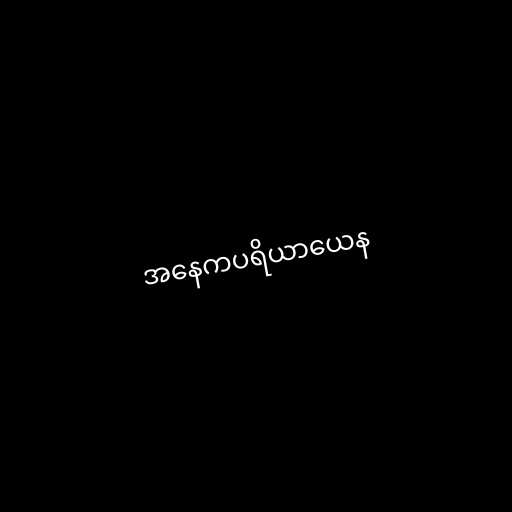
အနေကပရိယာယေန